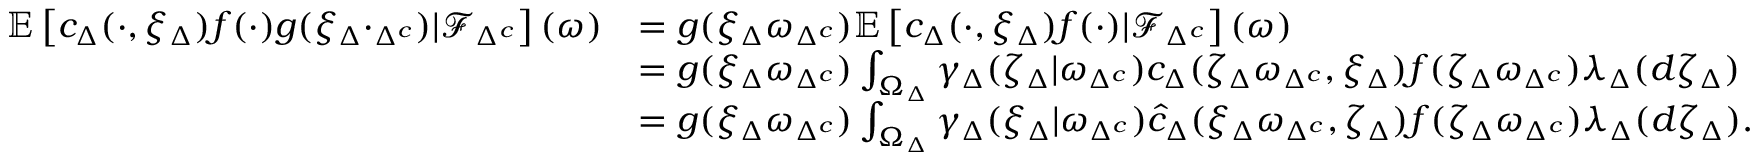
\begin{array} { r l } { \mathbb { E } \left[ c _ { \Delta } ( \cdot , \xi _ { \Delta } ) f ( \cdot ) g ( \xi _ { \Delta } \cdot _ { \Delta ^ { c } } ) \lvert \mathcal { F } _ { \Delta ^ { c } } \right] ( \omega ) } & { = g ( \xi _ { \Delta } \omega _ { \Delta ^ { c } } ) \mathbb { E } \left[ c _ { \Delta } ( \cdot , \xi _ { \Delta } ) f ( \cdot ) \lvert \mathcal { F } _ { \Delta ^ { c } } \right] ( \omega ) } \\ { \ } & { = g ( \xi _ { \Delta } \omega _ { \Delta ^ { c } } ) \int _ { \Omega _ { \Delta } } \gamma _ { \Delta } ( \zeta _ { \Delta } | \omega _ { \Delta ^ { c } } ) c _ { \Delta } ( \zeta _ { \Delta } \omega _ { \Delta ^ { c } } , \xi _ { \Delta } ) f ( \zeta _ { \Delta } \omega _ { \Delta ^ { c } } ) \lambda _ { \Delta } ( d \zeta _ { \Delta } ) } \\ { \ } & { = g ( \xi _ { \Delta } \omega _ { \Delta ^ { c } } ) \int _ { \Omega _ { \Delta } } \gamma _ { \Delta } ( \xi _ { \Delta } | \omega _ { \Delta ^ { c } } ) \hat { c } _ { \Delta } ( \xi _ { \Delta } \omega _ { \Delta ^ { c } } , \zeta _ { \Delta } ) f ( \zeta _ { \Delta } \omega _ { \Delta ^ { c } } ) \lambda _ { \Delta } ( d \zeta _ { \Delta } ) . } \end{array}